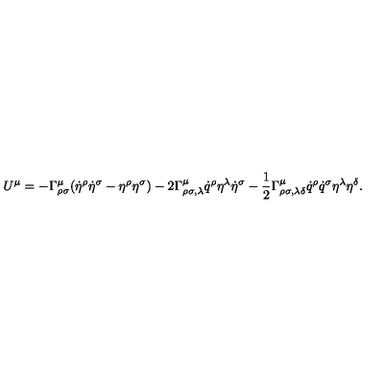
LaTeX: U ^ { \mu } = - \Gamma _ { \rho \sigma } ^ { \mu } ( \dot { \eta } ^ { \rho } \dot { \eta } ^ { \sigma } - \eta ^ { \rho } \eta ^ { \sigma } ) - 2 \Gamma _ { \rho \sigma , \lambda } ^ { \mu } \dot { q } ^ { \rho } \eta ^ { \lambda } \dot { \eta } ^ { \sigma } - \frac { 1 } { 2 } \Gamma _ { \rho \sigma , \lambda \delta } ^ { \mu } \dot { q } ^ { \rho } \dot { q } ^ { \sigma } \eta ^ { \lambda } \eta ^ { \delta } .